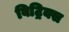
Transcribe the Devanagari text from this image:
बिट्रिक्स